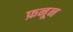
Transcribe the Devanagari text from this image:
फ़नून